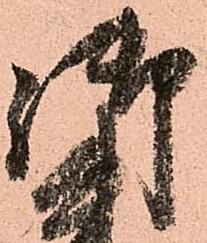
御